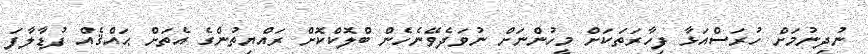
ނުދިނުމަށް ހުރަސްއަޅާ ފިހާރަތަކަށް މީހުންނަށް ނުވަދެވޭނެހެން ބްލޮކްކޮށް ރައްޔިތުންގެ އެތަށް ޙައްޤެއް ފުޑާލާފަ